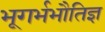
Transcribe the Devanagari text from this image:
भूगर्भभौतिज्ञ